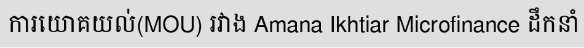
ការយោគយល់(MOU) រវាង Amana Ikhtiar Microfinance ដឹកនាំ